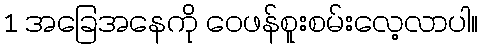
1 အခြေအနေကို ဝေဖန်စူးစမ်းလေ့လာပါ။